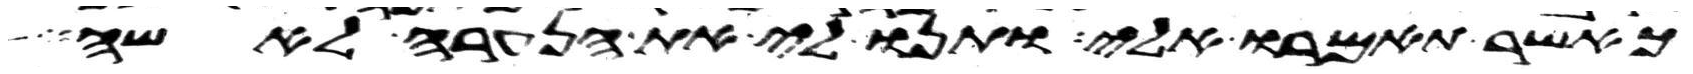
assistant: כאשר תאמרו אלי ותנו לי את הנערה לאשה